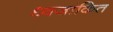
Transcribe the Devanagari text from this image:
ध्वजांकित